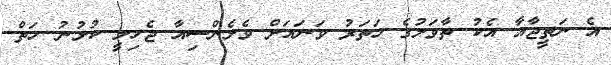
އެ ނަތީޖާއާ އެކު ތާވަލުގެ ހަތަރު ވަނައަށް ވެލެންސިއާ ޖެހިލީ ކުޅުނު ހަތް